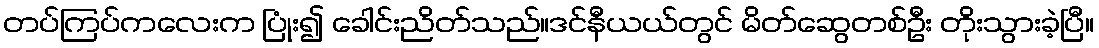
တပ်ကြပ်ကလေးက ပြုံး၍ ခေါင်းညိတ်သည်။ဒင်နီယယ်တွင် မိတ်ဆွေတစ်ဦး တိုးသွားခဲ့ပြီ။